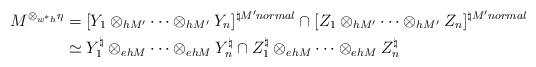
LaTeX: \begin{align*}M^{\otimes_{w^*h}\eta}&=[Y_1\otimes_{h M'}\cdots \otimes_{h M'} Y_n]^{\natural M' normal}\cap [Z_1\otimes_{h M'}\cdots \otimes_{h M'} Z_n]^{\natural M' normal}\\&\simeq Y_1^{\natural}\otimes_{eh M}\cdots \otimes_{eh M} Y_n^{\natural}\cap Z_1^{\natural}\otimes_{eh M}\cdots \otimes_{eh M} Z_n^{\natural}\end{align*}